Leaving Certificate Examination (including Day School Certificate (Higher) General paper), 1936
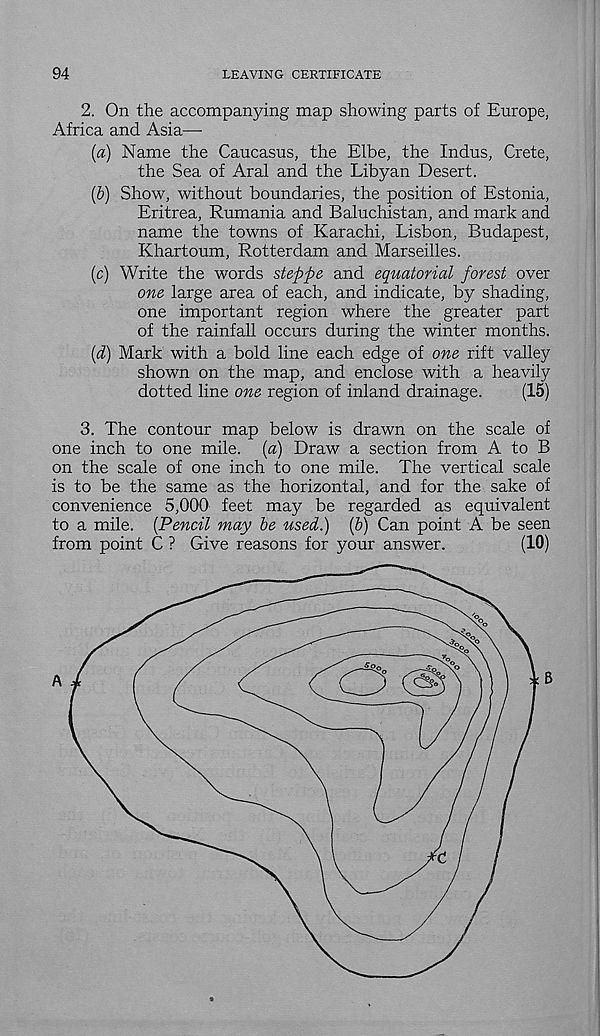
94
LEAVING CERTIFICATE
2. On the accompanying map showing parts of Europe,
Africa and Asia—-
(a) Name the Caucasus, the Elbe, the Indus, Crete,
the Sea of Aral and the Libyan Desert.
(b) Show, without boundaries, the position of Estonia,
Eritrea, Rumania and Baluchistan, and mark and
name the towns of Karachi, Lisbon, Budapest,
Khartoum, Rotterdam and Marseilles.
(c) Write the words steppe and equatorial forest over
one large area of each, and indicate, by shading,
one important region where the greater part
of the rainfall occurs during the winter months.
(d) Mark with a bold line each edge of one rift valley
shown on the map, and enclose with a heavily
dotted line one region of inland drainage.
(15)
3. The contour map below is drawn on the scale of
one inch to one mile, (a) Draw a section from A to B
on the scale of one inch to one mile. The vertical scale
is to be the same as the horizontal, and for the sake of
convenience 5,000 feet may be regarded as equivalent
to a mile. [Pencil may be used.) [b) Can point A be seen
from point C ? Give reasons for your answer.
(10)